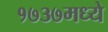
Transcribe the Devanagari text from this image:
१७३७मध्ये